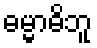
ဓမ္မာဓိဘူ